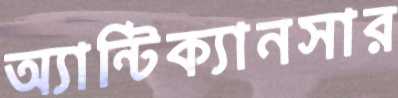
অ্যান্টিক্যানসার